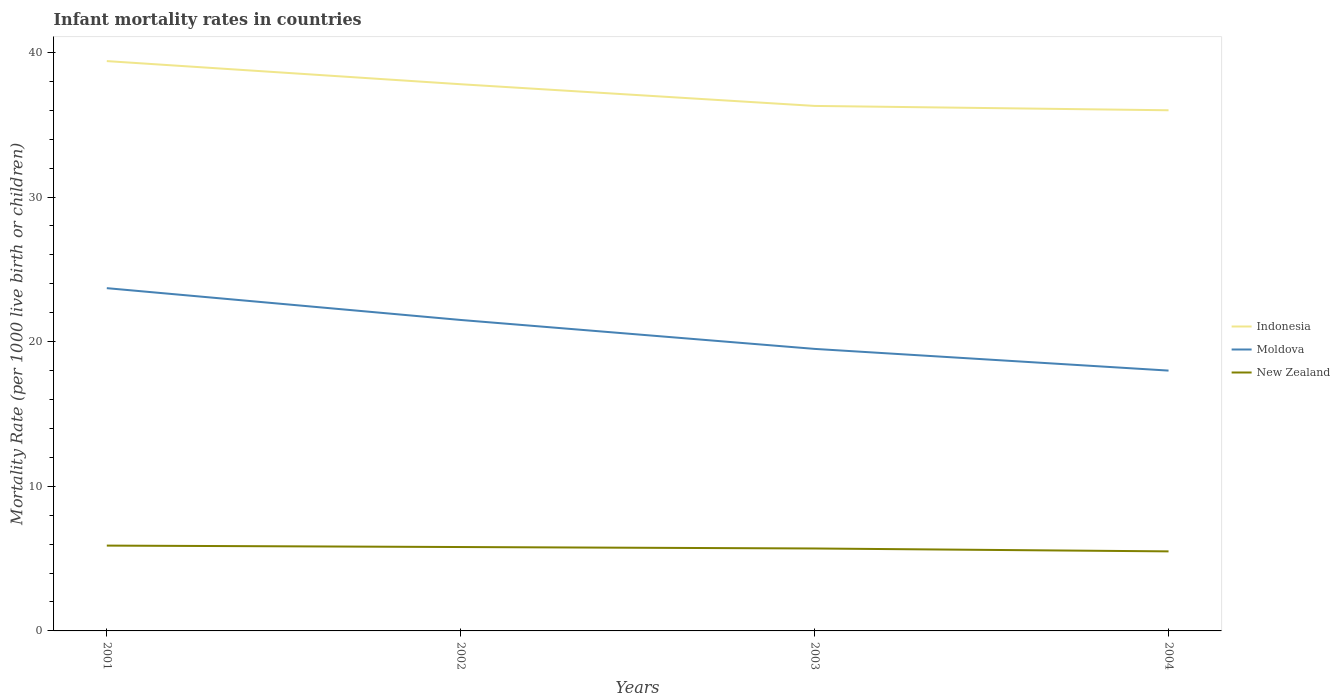
| Years | Indonesia | Moldova | New Zealand |
 | --- | --- | --- | --- |
 | 2001 | 39.4 | 23.7 | 5.9 |
 | 2002 | 37.8 | 21.5 | 5.8 |
 | 2003 | 36.3 | 19.5 | 5.7 |
 | 2004 | 36 | 18 | 5.5 |